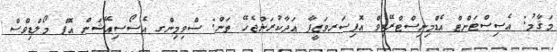
މަޤާމު: އެސިސްޓަންޓް އެޑްމިނިސްޓްރޭޓިވް އޮފިސަރވަޒީފާ އަދާކުރަންޖެހޭ ތަން: ސްވިމިންގ އެސޯސިއޭޝަން އޮފް މޯލްޑިވްސް